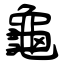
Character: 龜